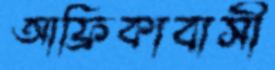
আফ্রিকাবাসী